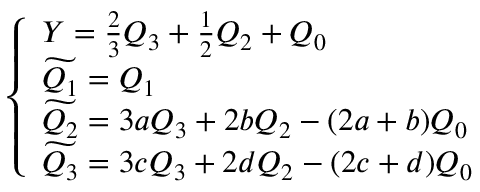
\left\{ \begin{array} { l } { { Y = \frac { 2 } { 3 } Q _ { 3 } + \frac { 1 } { 2 } Q _ { 2 } + Q _ { 0 } } } \\ { { \widetilde { Q _ { 1 } } = Q _ { 1 } } } \\ { { \widetilde { Q _ { 2 } } = 3 a Q _ { 3 } + 2 b Q _ { 2 } - ( 2 a + b ) Q _ { 0 } } } \\ { { \widetilde { Q _ { 3 } } = 3 c Q _ { 3 } + 2 d Q _ { 2 } - ( 2 c + d ) Q _ { 0 } } } \end{array} \right.